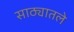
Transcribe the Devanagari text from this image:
साठ्यातले